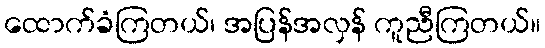
ထောက်ခံကြတယ်၊ အပြန်အလှန် ကူညီကြတယ်။